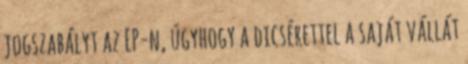
jogszabályt az EP-n, úgyhogy a dicsérettel a saját vállát